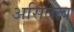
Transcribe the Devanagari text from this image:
असितत्व